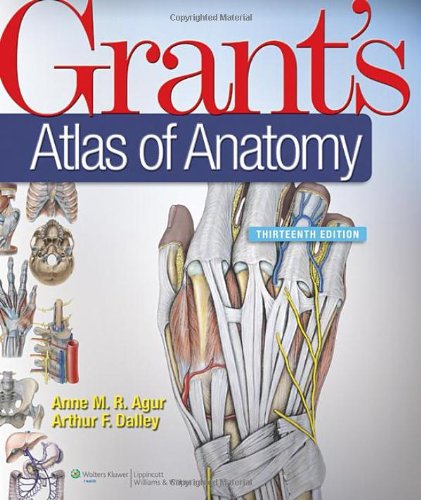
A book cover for Grant's Atlas of Anatomy, 13th Edition; Anne M. R. Agur; Medical Books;